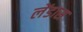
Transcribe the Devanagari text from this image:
लेंडास